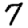
Digit: 7